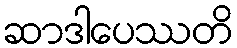
ဆာဒါပေဿတိ